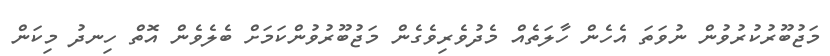
މަޖުބޫރުކުރުވުން ނުވަތަ އެހެން ހާލަތެއް މެދުވެރިވެގެން މަޖުބޫރުވުންކަމަށް ބެލެވެން އޮތް ހިނދު މިކަން